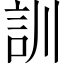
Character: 訓